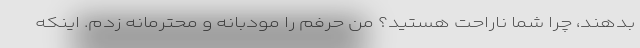
بدهند، چرا شما ناراحت هستید؟ من حرفم را مودبانه و محترمانه زدم. اینکه